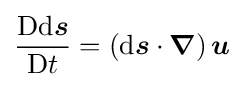
{\frac {\mathrm {D} \mathrm {d} {\boldsymbol {s}}}{\mathrm {D} t}}=\left(\mathrm {d} {\boldsymbol {s}}\cdot {\boldsymbol {\nabla }}\right){\boldsymbol {u}}